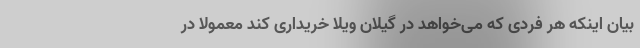
بیان اینکه هر فردی که می‌خواهد در گیلان ویلا خریداری کند معمولاً در